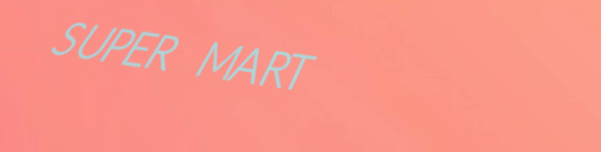
SUPER MART